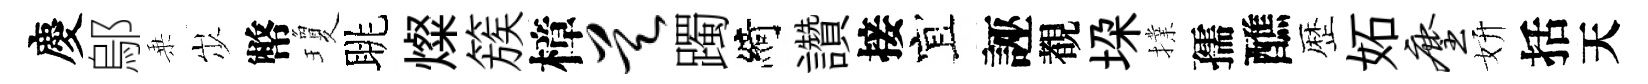
慶鄔乗𡵯幣瓊眺燦簇樟昊躅綺讚接宜誣覩垜擈孺醮歴妬麈妍括天